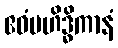
ဧဝံမဟိဒ္ဓိကာနံ